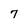
Character: 7